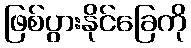
ဖြစ်ပွားနိုင်ခြေကို